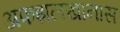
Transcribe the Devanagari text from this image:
अफझलखानास